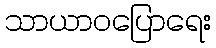
သာယာဝပြောရေး